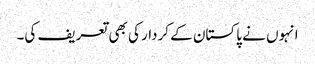
انہوں نے پاکستان کے کردار کی بھی تعریف کی۔